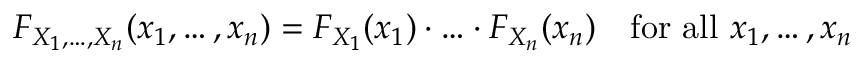
F _ { X _ { 1 } , \ldots , X _ { n } } ( x _ { 1 } , \ldots , x _ { n } ) = F _ { X _ { 1 } } ( x _ { 1 } ) \cdot \ldots \cdot F _ { X _ { n } } ( x _ { n } ) \quad { \mathrm { f o r ~ a l l ~ } } x _ { 1 } , \ldots , x _ { n }